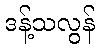
ဒန့်သလွန်